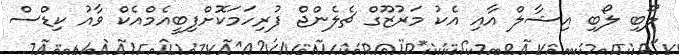
ލޯބި ލޯބި އިޝާލް އާއި އެކު މަރުޒޫގް ޗެލެންޖް ފުރިހަމަކޮށްފިބީއެމްއެކް ވާއު ކިޑްސް